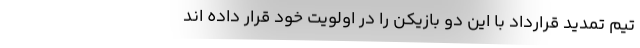
تیم تمدید قرارداد با این دو بازیکن را در اولویت خود قرار داده اند